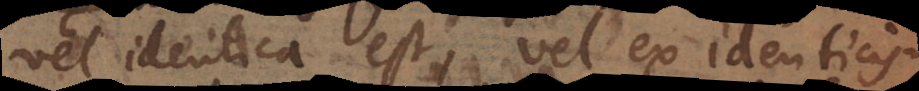
vel identica est, vel ex identicis